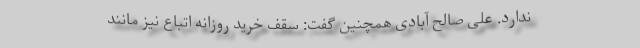
ندارد. علی صالح آبادی همچنین گفت: سقف خرید روزانه اتباع نیز مانند